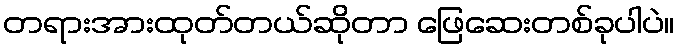
တရားအားထုတ်တယ်ဆိုတာ ဖြေဆေးတစ်ခုပါပဲ။